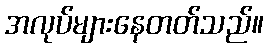
အလုပ်များနေတတ်သည်။